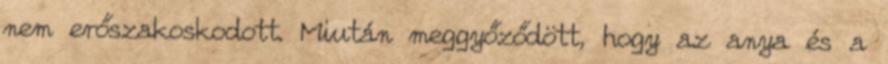
nem erőszakoskodott. Miután meggyőződött, hogy az anya és a